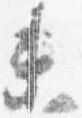
未